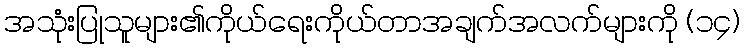
အသုံးပြုသူများ၏ကိုယ်ရေးကိုယ်တာအချက်အလက်များကို (၁၄)